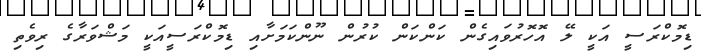
ޑިމޮކްރަސީ އަކީ ލޭ އޮހޮރުވައިގެން ކަންކަން ކުރުން ނޫންކަމަށާއި ޑިމޮކްރަސީއަކީ މަޝްވަރާގެ ރިވެތި